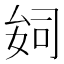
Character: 𫨪